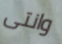
وانتى